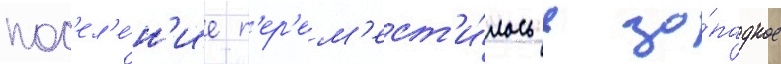
пос'ел'е́н'ие п'ер'ем'ест'и́лось в за́падное